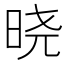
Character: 晓